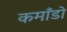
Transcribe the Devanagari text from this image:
कमाँडो